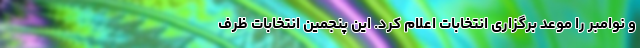
و نوامبر را موعد برگزاری انتخابات اعلام کرد. این پنجمین انتخابات ظرف